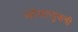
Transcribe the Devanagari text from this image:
व्होलाप्युकची